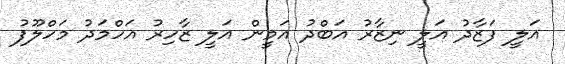
އަލީ ފަޒާދު އަލީ ނިޒާރު އަބްދު އަމީން އަލީ ޒާހިރު އަހްމަދު މަހްލޫފު